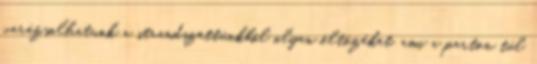
varázsolhatunk a strandszettünkből olyan öltözéket, ami a parton túl